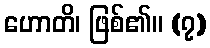
ဟောတိ၊ ဖြစ်၏။ (၇)